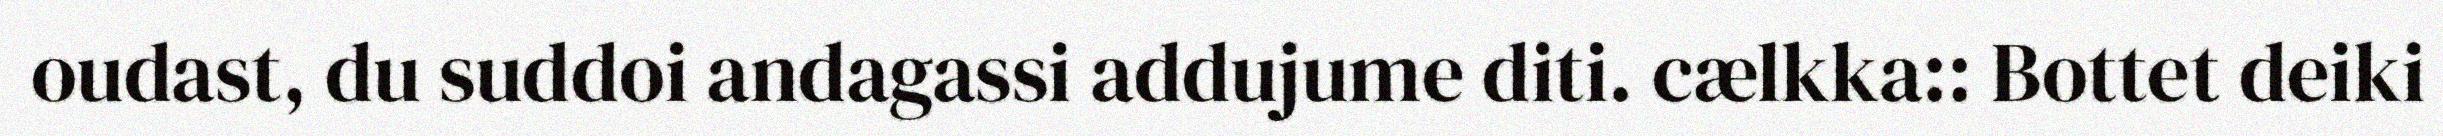
oudast, du suddoi andagassi addujume diti. cælkka:: Bottet deiki